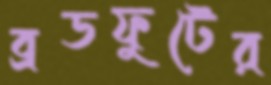
ব্রডফুটের